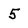
Character: 5